Burma Government Medical School reports 1923-41
Year: 1923
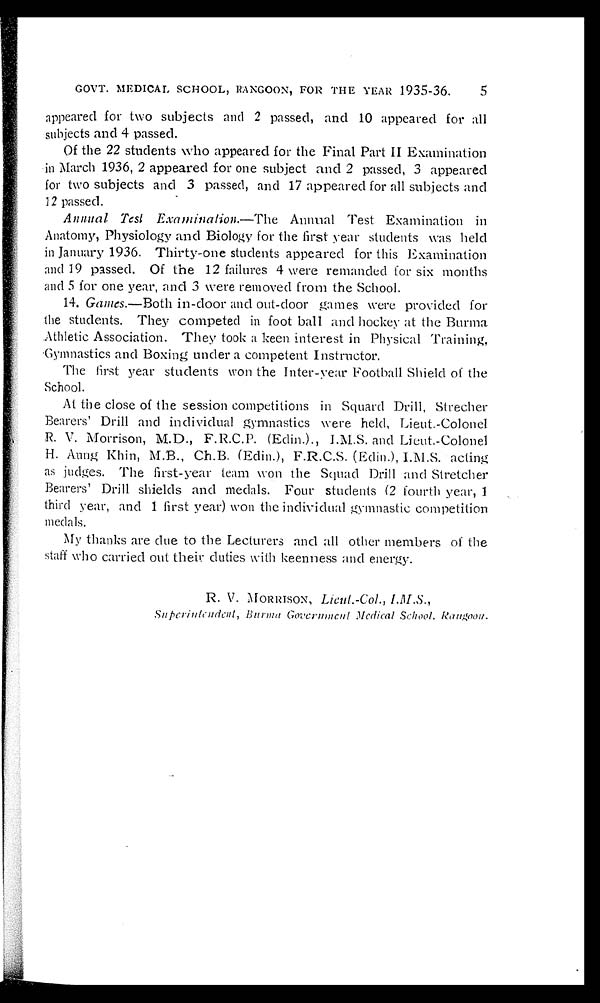
GOVT. MEDICAL SCHOOL, RANGOON, FOR THE YEAR 1935-36.
5
appeared for two subjects and 2 passed, and 10 appeared for all
subjects and 4 passed.
Of the 22 students who appeared for the Final Part II Examination
in March 1936, 2 appeared for one subject and 2 passed, 3 appeared
for two subjects and 3 passed, and 17 appeared for all subjects and
12 passed.
Annual Test Examination.—The Annual Test Examination in
Anatomy, Physiology and Biology for the first year students was held
in January 1936. Thirty-one students appeared for this Examination
and 19 passed. Of the 12 failures 4 were remanded for six months
and 5 for one year, and 3 were removed from the School.
14. Games .—Both in-door and out-door games were provided for
the students. They competed in foot ball and hockey at the Burma
Athletic Association. They took a keen interest in Physical Training,
Gymnastics and Boxing under a competent Instructor.
The first year students won the Inter-year Football Shield of the
School.
At the close of the session competitions in Squard Drill, Strecher
Bearers' Drill and individual gymnastics were held, Lieut.-Colonel
R. V. Morrison, M.D., F.R.C.P. (Edin.)., I.M.S. and Lieut.-Colonel
H. Aung Khin, M.B., Ch.B. (Edin.), F.R.C.S. (Edin.), I.M.S. acting
as judges. The first-year team won the Squad Drill and Stretcher
Bearers' Drill shields and medals. Four students (2 fourth year, 1
third year, and 1 first year) won the individual gymnastic competition
medals.
My thanks are due to the Lecturers and all other members of the
staff who carried out their duties with keenness and energy.
R. V. MORRISON, Lieut.-Col., I.M.S.,
Super i nt endent , Bur ma Gover nment Medi cal School , Rangoon.